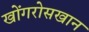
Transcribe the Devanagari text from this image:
खोंगरोसखान